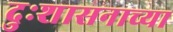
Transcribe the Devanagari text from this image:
दुःशासनाच्या